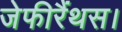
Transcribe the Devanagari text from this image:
जेफीरैंथस।